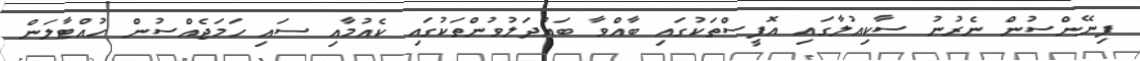
ފިނޭންސުން ނެރުނު ސާކިއުލާގައި އޮފީސްތަކުގައި ބާއްވާ ބައްދަލުވުންތަކުގައި ކެއުމާއި ސައި ހަމަޖެއްސުން ހުއްޓާލަން